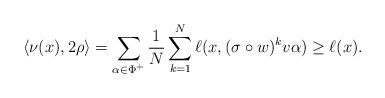
LaTeX: \begin{align*}\langle \nu(x),2\rho\rangle = \sum_{\alpha\in \Phi^+}\frac 1N\sum_{k=1}^N \ell(x,(\sigma\circ w)^kv\alpha)\geq \ell(x).\end{align*}